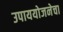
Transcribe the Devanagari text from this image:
उपाययोजनेचा